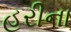
હરીના